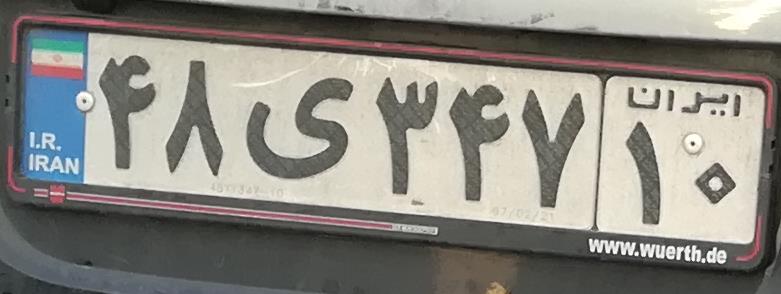
۴۸ی۳۴۷۱۰